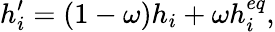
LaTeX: h_{i}^{\prime}=(1-\omega)h_{i}+\omega h_{i}^{eq},